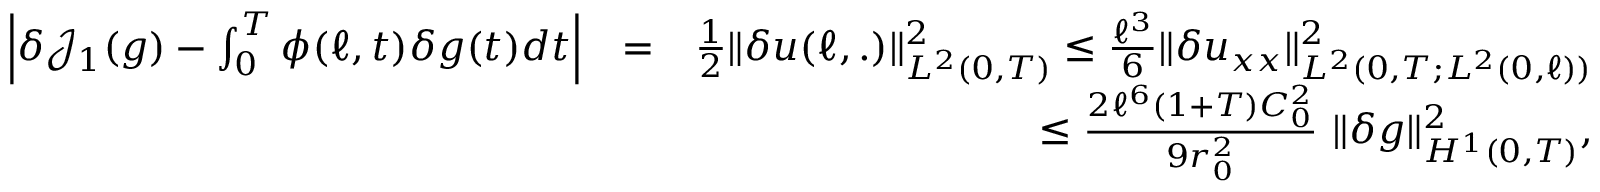
\begin{array} { r l r } { \Big \vert \delta \mathcal { J } _ { 1 } ( g ) - \int _ { 0 } ^ { T } \phi ( \ell , t ) \delta g ( t ) d t \Big \vert } & { = } & { \frac { 1 } { 2 } \Vert \delta u ( \ell , . ) \Vert _ { L ^ { 2 } ( 0 , T ) } ^ { 2 } \leq \frac { \ell ^ { 3 } } { 6 } \Vert \delta u _ { x x } \Vert _ { L ^ { 2 } ( 0 , T ; L ^ { 2 } ( 0 , \ell ) ) } ^ { 2 } } \\ & { } & { \leq \frac { 2 \ell ^ { 6 } ( 1 + T ) C _ { 0 } ^ { 2 } } { 9 r _ { 0 } ^ { 2 } } \ \Vert \delta g \Vert _ { H ^ { 1 } ( 0 , T ) } ^ { 2 } , } \end{array}